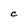
Character: C